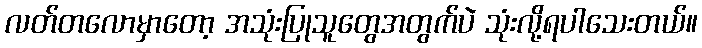
လတ်တလောမှာတော့ အသုံးပြုသူတွေအတွက်ပဲ သုံးလို့ရပါသေးတယ်။